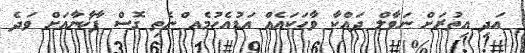
އަދި އިތުރަށް ނަވާލް ދައްކާ ވާހަކައެއް އަޑުއެހުމެއ ްނެތި ގޮސް ފާޚާނާއަށް ވަދެ